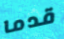
قدما